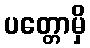
ပတ္တောမှိ